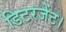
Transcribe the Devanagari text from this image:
डिटरजेंट।